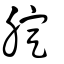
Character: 腚